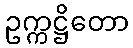
ဥက္ကဋ္ဌိတော